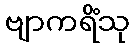
ဗျာကရိံသု